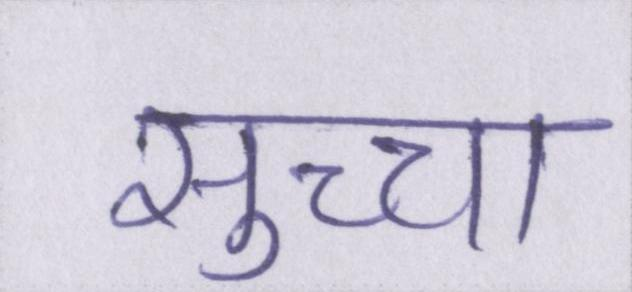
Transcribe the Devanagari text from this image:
सुच्चा